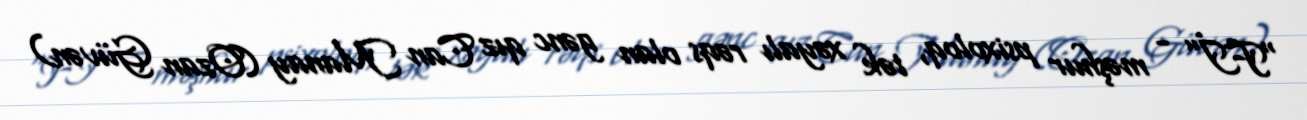
“Fİ” - məşhur psixoloq, tək xəyalı rəqs olan gənc qız Can Manay (Ozan Güvən)